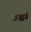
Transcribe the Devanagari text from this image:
अश्चर्य